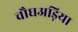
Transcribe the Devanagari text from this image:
चौघअड़िया